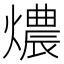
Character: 燶